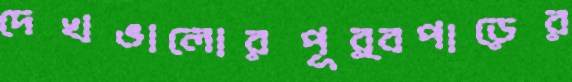
দেখভালোরপূর্বপাড়ের